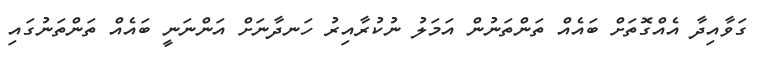
ގަވާއިދާ އެއްގޮތަށް ބައެއް ތަންތަނުން އަމަލު ނުކުރާއިރު ހަނދާނަށް އަންނަނީ ބައެއް ތަންތަނުގައި